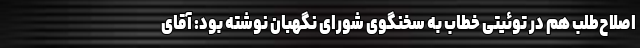
اصلاح‌طلب هم در توئیتی خطاب به سخنگوی شورای نگهبان نوشته بود: آقای